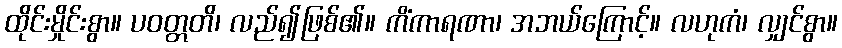
ထိုင်းမှိုင်းစွာ။ ပဝတ္တတိ၊ လည်၍ဖြစ်၏။ ကိံကာရဏာ၊ အဘယ်ကြောင့်။ လဟုကံ၊ လျှင်စွာ။